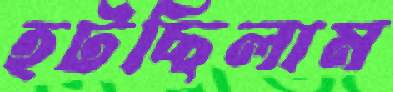
হটছিলাম